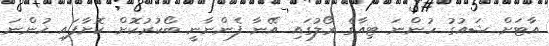
އާޓަށް ޝައުގު ހުންނަ ޓިއާގެ ރޯލުގައި އޭނާ ފެންނާނީ ބޯކުރުކޮށް ކޮށާފައި ހުންނަ